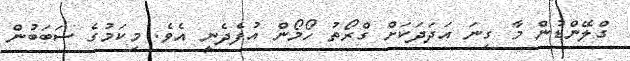
ގްލޭންޑުން މާ ގިނަ އަދަދަކަށް ގްރޯތު ހޯމޯން އުފެދެނީ އެވެ. މިކަމުގެ ސަބަބުން